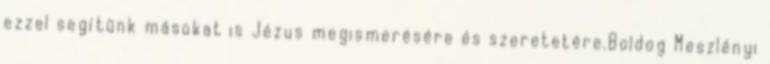
ezzel segítünk másokat is Jézus megismerésére és szeretetére.Boldog Meszlényi